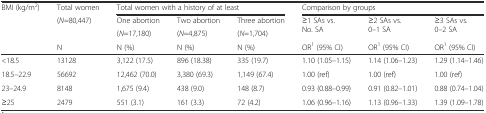
<table><thead><tr><td><b>BMI (kg/m<sup>2</sup>)</b></td><td><b>Total women</b></td><td colspan="3"><b>Total women with a history of at least</b></td><td colspan="3"><b>Comparison by groups</b></td></tr><tr><td rowspan="2"></td><td rowspan="2"><b>(<i>N</i>=80,447)</b></td><td><b>One abortion</b></td><td><b>Two abortion</b></td><td><b>Three abortion</b></td><td rowspan="2"><b>≥1 SAs vs. No. SA</b></td><td rowspan="2"><b>≥2 SAs vs. 0–1 SA</b></td><td rowspan="2"><b>≥3 SAs vs. 0–2 SA</b></td></tr><tr><td><b>(<i>N</i>=17,180)</b></td><td><b>(<i>N</i>=4,875)</b></td><td><b>(<i>N</i>=1,704)</b></td></tr><tr><td></td><td><b>N</b></td><td><b>N (%)</b></td><td><b>N (%)</b></td><td><b>N (%)</b></td><td><b>OR<sup>1</sup> (95% CI)</b></td><td><b>OR<sup>1</sup> (95% CI)</b></td><td><b>OR<sup>1</sup> (95% CI)</b></td></tr></thead><tbody><tr><td>&lt;18.5</td><td>13128</td><td>3,122 (17.5)</td><td>896 (18.38)</td><td>335 (19.7)</td><td>1.10 (1.05–1.15)</td><td>1.14 (1.06–1.23)</td><td>1.29 (1.14–1.46)</td></tr><tr><td>18.5–22.9</td><td>56692</td><td>12,462 (70.0)</td><td>3,380 (69.3)</td><td>1,149 (67.4)</td><td>1.00 (ref)</td><td>1.00 (ref)</td><td>1.00 (ref)</td></tr><tr><td>23–24.9</td><td>8148</td><td>1,675 (9.4)</td><td>438 (9.0)</td><td>148 (8.7)</td><td>0.93 (0.88–0.99)</td><td>0.91 (0.82–1.01)</td><td>0.88 (0.74–1.04)</td></tr><tr><td>≥25</td><td>2479</td><td>551 (3.1)</td><td>161 (3.3)</td><td>72 (4.2)</td><td>1.06 (0.96–1.16)</td><td>1.13 (0.96–1.33)</td><td>1.39 (1.09–1.78)</td></tr></tbody></table>